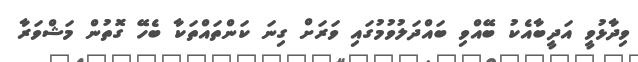
ވިދާޅުވީ އަދީބާއެކު ބޭއްވި ބައްދަލުވުމުގައި ވަރަށް ގިނަ ކަންތައްތަކާ ބެހޭ ގޮތުން މަޝްވަރާ